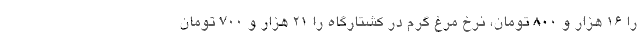
را ۱۶ هزار و ۸۰۰ تومان، نرخ مرغ گرم در کشتارگاه را ۲۱ هزار و ۷۰۰ تومان